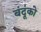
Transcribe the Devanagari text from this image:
बंदूंको